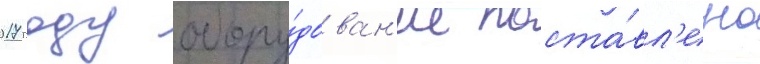
2017 году обору́дован'ие поста́вл'ено